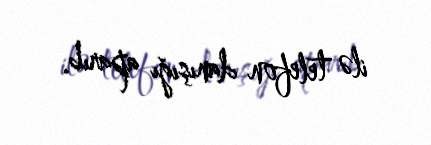
ilə telefon danışığı aparıb.